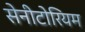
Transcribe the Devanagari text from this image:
सेनीटोरियम